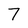
Character: 7